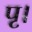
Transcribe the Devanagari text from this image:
पृ।